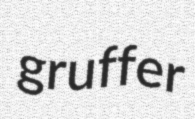
gruffer